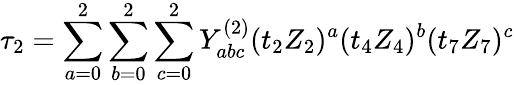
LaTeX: \tau_{2}=\sum_{a=0}^{2}\sum_{b=0}^{2}\sum_{c=0}^{2}Y_{abc}^{(2)}(t_{2}Z_{2})^{a}(t_{4}Z_{4})^{b}(t_{7}Z_{7})^{c}